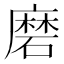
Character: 磨